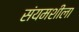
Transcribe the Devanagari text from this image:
संयमशीला